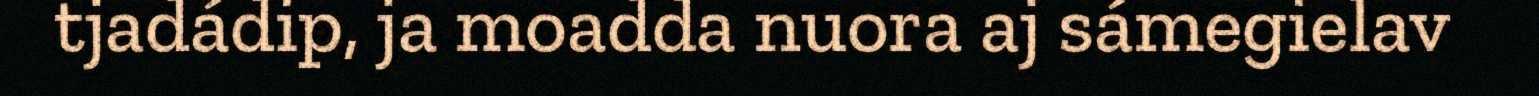
tjadádip, ja moadda nuora aj sámegielav